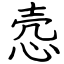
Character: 悫